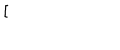
{ [ \, }